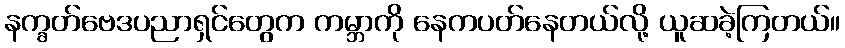
နက္ခတ်ဗေဒပညာရှင်တွေက ကမ္ဘာကို နေကပတ်နေတယ်လို့ ယူဆခဲ့ကြတယ်။